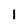
Character: 1